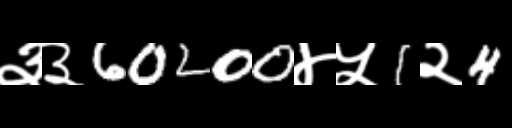
Text: ३३60200४५1२4